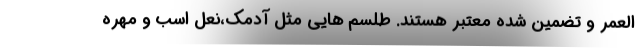
العمر و تضمین شده معتبر هستند. طلسم هایی مثل آدمک،نعل اسب و مهره